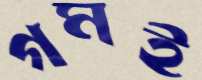
গমই